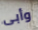
وأبى